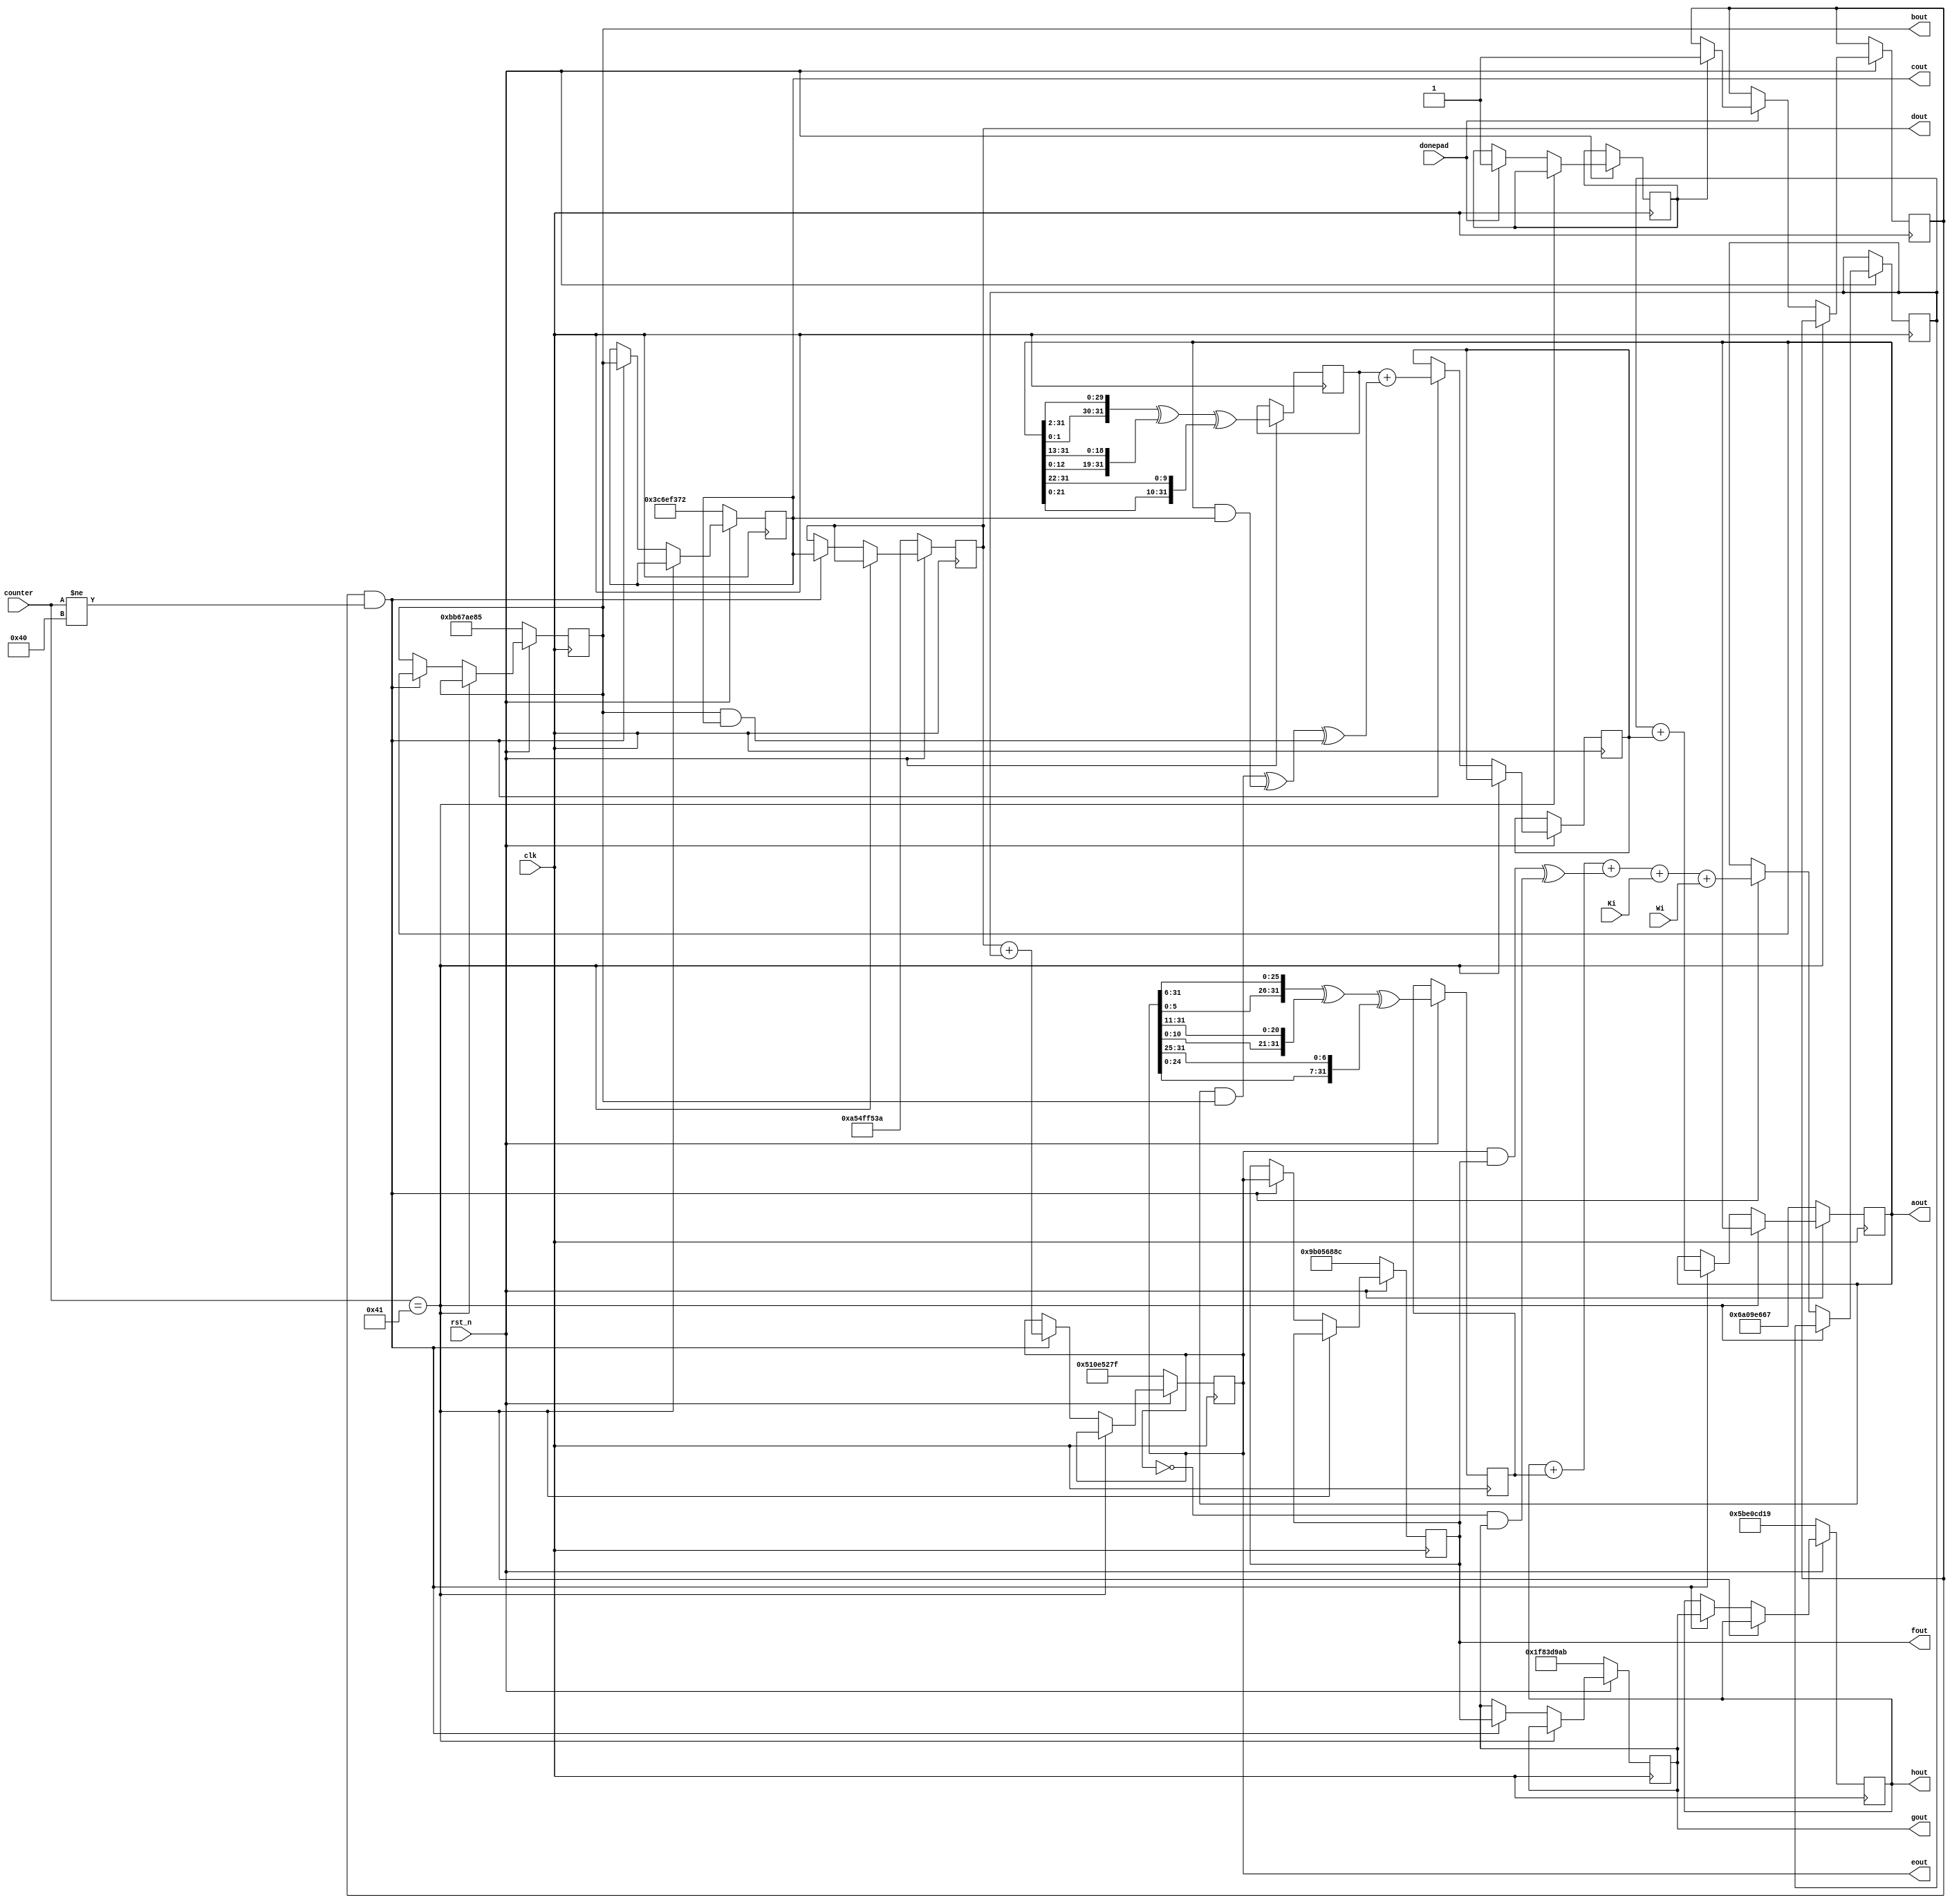
`timescale 1ns / 1ps
//////////////////////////////////////////////////////////////////////////////////

//////////////////////////////////////////////////////////////////////////////////
module compression(
    input [31:0] Ki, Wi,
    input clk, rst_n, donepad,
    input [6:0] counter,
    output reg [31:0] aout, bout, cout, dout, eout, fout, gout, hout
    );
    reg [31:0] S0, S1, T1, T2, Ch_efg, Maj_abc;
    reg [31:0] at, bt, ct, dt, et, ft, gt, ht;
    reg tcase, tif;
    
    localparam
        H01 = 32'h6A09E667,
        H02 = 32'hBB67AE85,
        H03 = 32'h3C6EF372,
        H04 = 32'hA54FF53A,
        H05 = 32'h510E527F,
        H06 = 32'h9B05688C,
        H07 = 32'h1F83D9AB,
        H08 = 32'h5BE0CD19,
        Ks = {
            32'h428a2f98, 32'h71374491, 32'hb5c0fbcf, 32'he9b5dba5,
            32'h3956c25b, 32'h59f111f1, 32'h923f82a4, 32'hab1c5ed5,
            32'hd807aa98, 32'h12835b01, 32'h243185be, 32'h550c7dc3,
            32'h72be5d74, 32'h80deb1fe, 32'h9bdc06a7, 32'hc19bf174,
            32'he49b69c1, 32'hefbe4786, 32'h0fc19dc6, 32'h240ca1cc,
            32'h2de92c6f, 32'h4a7484aa, 32'h5cb0a9dc, 32'h76f988da,
            32'h983e5152, 32'ha831c66d, 32'hb00327c8, 32'hbf597fc7,
            32'hc6e00bf3, 32'hd5a79147, 32'h06ca6351, 32'h14292967,
            32'h27b70a85, 32'h2e1b2138, 32'h4d2c6dfc, 32'h53380d13,
            32'h650a7354, 32'h766a0abb, 32'h81c2c92e, 32'h92722c85,
            32'ha2bfe8a1, 32'ha81a664b, 32'hc24b8b70, 32'hc76c51a3,
            32'hd192e819, 32'hd6990624, 32'hf40e3585, 32'h106aa070,
            32'h19a4c116, 32'h1e376c08, 32'h2748774c, 32'h34b0bcb5,
            32'h391c0cb3, 32'h4ed8aa4a, 32'h5b9cca4f, 32'h682e6ff3,
            32'h748f82ee, 32'h78a5636f, 32'h84c87814, 32'h8cc70208,
            32'h90befffa, 32'ha4506ceb, 32'hbef9a3f7, 32'hc67178f2};
    
    always @(posedge clk)
        begin
            if (~rst_n)
                begin
                    aout <= H01;
                    bout <= H02;
                    cout <= H03;
                    dout <= H04;
                    eout <= H05;
                    fout <= H06;
                    gout <= H07;
                    hout <= H08;
                end 
            else
                begin
                    
                    S0<=({aout[1:0],aout[31:2]}) ^ ({aout[12:0],aout[31:13]}) ^ ({aout[21:0],aout[31:22]});
                    S1<=({eout[5:0],eout[31:6]}) ^ ({eout[10:0],eout[31:11]}) ^ ({eout[24:0],eout[31:25]});
         
                    Maj_abc=(aout & bout) ^ (aout & cout) ^ (bout & cout);
                    Ch_efg=(eout & fout) ^ (~eout & gout);
                    if(counter == 65)
                       begin
                            aout<=aout;
                            bout<=bout;
                            cout<=cout;
                            dout<=dout;
                            eout<=eout;
                            fout<=fout;
                            gout<=gout;
                            hout<=hout;
                       end
                    else
                       begin
                            if(donepad==1)
                                begin
                                    case(tcase)
                                    1'b0: tcase <=1'b1;
                                    1'b1: tif <= 1'b1;
                                    endcase
                                end
                       
                            if(tif == 1 && counter != 64)
                                 begin    
                                      T1 <= hout + S1 + Ch_efg + + Ki + Wi;
                                      T2 <= S0 + Maj_abc;
                                      aout <= T1 + T2;
                                      bout <= aout;
                                      cout <= bout;
                                      dout <= cout; 
                                      eout <= dout + T1; 
                                      fout <= eout;
                                      gout <= fout;
                                      hout <= gout;
                                  end
                       end
                end
         end
endmodule